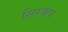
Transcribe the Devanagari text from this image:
सिरकप